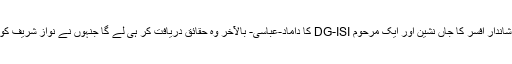
امید باندھی جارہی ہے کہ ایئرفورس کے ایک شاندار افسر کا جاں نشین اور ایک مرحوم DG-ISI کا داماد-عباسی- بالآخر وہ حقائق دریافت کر ہی لے گا جنہوں نے نواز شریف کو اس ملک کے لئے ”سکیورٹی رسک“ بنایا تھا۔